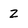
Character: 2